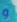
و